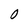
Character: 0